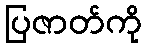
ပြဇာတ်ကို